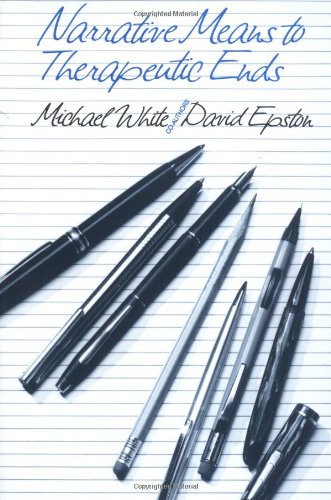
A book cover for Narrative Means to Therapeutic Ends; Michael White; Health, Fitness & Dieting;